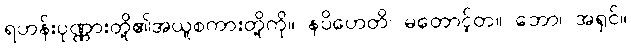
ရဟန်းပုဏ္ဏားတို့၏အယူစကားတို့ကို။ နပိဟေတိ၊ မတောင့်တ။ ဘော၊ အရှင်။